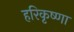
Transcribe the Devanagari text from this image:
हरिकृष्णा